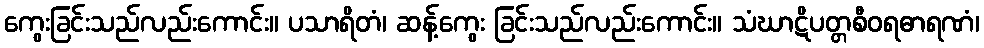
ကွေးခြင်းသည်လည်းကောင်း။ ပသာရိတံ၊ ဆန့်ကွေး ခြင်းသည်လည်းကောင်း။ သံဃာဋိပတ္တစီဝရဓာရဏံ၊